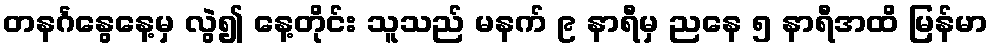
တနင်္ဂနွေနေ့မှ လွဲ၍ နေ့တိုင်း သူသည် မနက် ၉ နာရီမှ ညနေ ၅ နာရီအထိ မြန်မာ